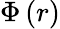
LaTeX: \Phi\left(r\right)